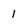
Character: 1